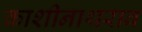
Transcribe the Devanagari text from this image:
काशीनाथराव